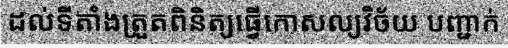
ដល់ទីតាំងត្រួតពិនិត្យធ្វើកោសល្យវិច័យ បញ្ជាក់